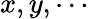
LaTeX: x,y,\cdots